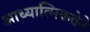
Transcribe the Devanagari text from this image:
आध्यात्मिकतेने